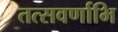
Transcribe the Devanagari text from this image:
तत्सवर्णाभि